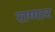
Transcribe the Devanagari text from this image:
राणार